Vital statistics of India. Vol. VI, European troops 1870-79
Year: 1870
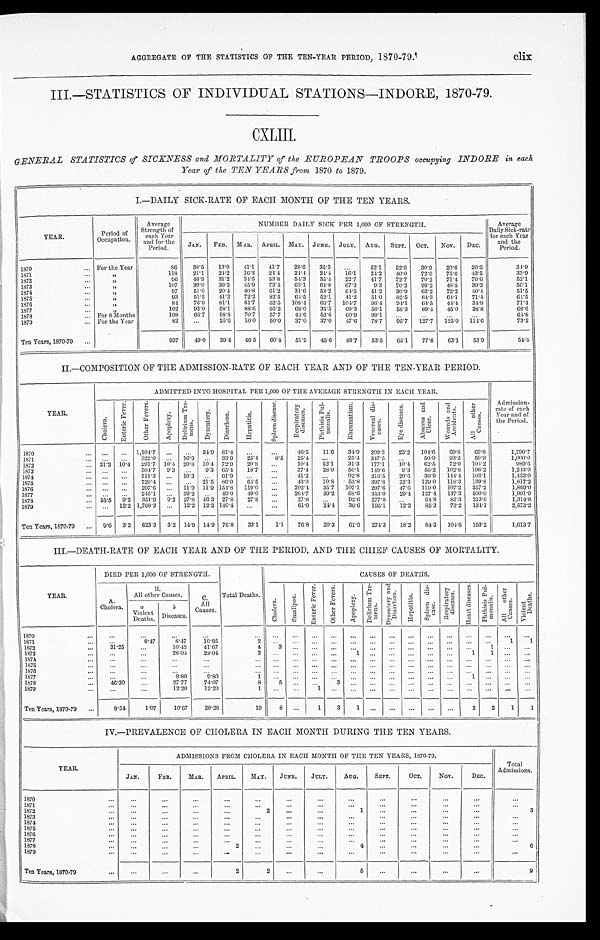
AGGREGATE OF THE STATISTICS OF THE TEN-YEAR PERIOD, 1870-79.
III.—STATISTICS OF INDIVIDUAL STATIONS—INDORE, 1870-79.
CXLIII.
GENERAL STATISTICS of SICKNESS and MORTALITY of the EUROPEAN TROOPS occupying INDORE in each
Year of the TEN YEARS from 1870 to 1879.
I.—DAILY SICK-RATE OF EACH MONTH OF THE TEN YEARS.
YEAR
Period of
Occupation.
Average
Strength of
each Year
and for the
Period.
NUMBER DAILY SICK PER 1, 000 OF STRENGTH.
Average
Daily Sick-rate
for each Year
and the
Period.
JAN. FEB. MAR. APRIL. MAY. JUNE. JULY. AUG. SEPT. OCT. NOV. DEC.
1870
For the Year
86 38.5 13.0 41.1 41.7 28.6 35.3
52.1 52.6 30.9 20.6 20.6
3 4 . 9
1871
„
1 1 8 21.1 24.2 16.3 24.4 24.4 24.4 16.1 24.2 40.0 72.6 75.6 43.5
3 3 . 9
1872
„
96 46.9 31.2 34.5 53.8 54.3 35.4 22.7 41.7 72.7 70.2 71.4 79.6
52.1
1873
„
107 30.0 39.2 45.9 73.4 63.1 64.8 67.3 9.3 70.2 93.2 48.5 39.2
5 6 . 1
1874
„
97 51.0 20.4 40.8 61.2 31.6 53.2 64.5 41.2 30.9 63.2 72.2 40.4
51.5
1 8 7 5
„
9 3 51.5 41.2 72.2 82.5 64.5 52.1 41.2 51.0 82.5 84.3 64.1 71.4
6 4 . 5
1876
„
84 76.9 81.1 61.7 62.5 108.4 66.7 10.47 96.4 94.1 64.5 44.4 34.9
71.4
1877
„
102 92.0 58.1 88.6 95.2 68.0 35.5 69.3 56.1 58.3 89.4 45.0 38.8
6 8 . 6
1878
For 8 Months
108 66.7 58.8 70.7 57.7 44.6 52.6 60.9 99.1
6 4 . 8
1879
For the Year
82
25.6 10.0 50.0 37.0 37.0 47.6 78.7 95.7 127.7 125.0 114.6
73.2
Ten Years, 1870-79
937 49.0 39.4 46.5 60.4 51.9 45.6 48.7 53.5 65.1 77.6 63.1 53.9
5 4 . 4
II.—COMPOSITION OF THE ADMISSION-RATE OF EACH YEAR AND OF THE TEN-YEAR PERIOD.
YEAR.
ADMITTED INTO HOSPITAL PER 1,000 OF THE AVERAGE STRENGTH IN EACH YEAR.
Admission-
rate of each
Year and of
the Period.
C h o l e r a .
E n t e r i c F e v e r .
O t h e r F e v e r s . A p o p l e x y .
D e l i r i u m T r e -
m e n s .
D y s e n t e r y .
D i a r r h œ a .
H e p a t i t i s .
S p l e e n d i s e a s e . R e s p i r a t o r y
d i s e a s e s .
P h t h i s i s P u l -
m o n a l i s .
R h e u m a t i s m . V e n e r e a l d i s -
e a s e s .
E y e d i s e a s e s . A b c e s s a n d
U l c e r .
W o u n d s a n d
A c c i d e n t s . A l l o t h e r
C a u s e s .
1870
1,1047
34.9 81.4
46.5 11.6 34.9 209.3 23.2 104.6 69.8 69.8
1 , 7 9 0 . 7
1871
322.0
16.9
33.9
2 5 . 4 8 . 5 25.4
25.4 347.5
50.9 93.2 50. 9
1 , 0 0 0 . 0
1872
31.3 10.4 291.7 10.4 20.8 10.4 72.9 20.8
10.4 52.1 31.3 177.1 10.4 62.5 72.9 104.2
9 8 9 . 6
1873
504.7 9.3
9.3 65.4 18.7
37.4 28.0 56.1 149.6 9.3 56.2 102.8 196.2
1 , 2 4 3 . 0
1874
711.3
10.3
61.9
41.2
92.8 216.5 20.6 30.9 144.4 103.1
1 , 4 3 3 . 0
1875
720.4
21.5 86.0 64.5
43.0
1 0 . 8 53.8 397.8 32.3 129.0 118.3 139.8
1 , 8 1 7 . 2
1876
297.6
11.9 11.9 154.8 119.0
202.4 35.7 107.1 297.6 47.6 119.0 107.2 357.2
1 , 8 6 9 . 0
1877
245.1
39.2
49.0 49.0
264.7 39.2 68.6 353.0 29.4 127.4 137.3 500.0
1 , 9 0 1 . 9
1878
55.5 9. 2 351.9 9.2 27.8 46.3 27.8 27.8
27.8
92.6 277.8
64.8 83.3 213.0
1 , 3 1 4 . 8
1879
12.2 1,768.3
12.2 12.2 146.4
61.0 24.4 36.6 195.1 12.2 85.3 73.2 134.1
2 , 5 7 3 . 2
Ten Years, 1870-79
9.6 3.2 623.3 3.2 14.9 14.9 76.8 33.1 1.1 76.8 20.3 61.9 274.3 18.2 84.3 104.6 193.2
1 , 6 1 3 . 7
III.—DEATH-RATE OF EACH YEAR AND OF THE PERIOD, AND THE CHIEF CAUSES OF MORTALITY.
YEAR.
DIED PER 1,000 OF STRENGTH.
Total Deaths.
CAUSES OF DEATHS.
A.
Cholera.
B .
All other Causes.
C.
All
Causes.
C h o l e r a .
S m a l l p o x .
E n t e r i c F e v e r . O t h e r F e v e r s .
A p o p l e x y .
D e l i r i u m T r e -
me ns .
D y s e n t e r y a n d
Di a r r h œa .
H e p a t i t i s .
S p l e e n d i s -
ease. R e s p i r a t o r y
d i s e a s e s .
H e a r t d i s e a s e s . P h t h i s i s P u l -
mo n a l i s .
A l l o t h e r
C a u s e s . V i o l e n t
D e a t h s .
a
Violent Deaths.
b
Diseases.
1870 1871
8.47 8.47 16.95
2
1 1
1872
31.25
10.42 41.67
4 3
1
1873
28.04 28.04
3
1
1 1
1874 1875 1876 1877
9.8 0 9.80
1
1
1878
46.30
27.77 74.07
8
5
3
1879
12.20 12.20
1
1
Ten Years, 1870-79
8.54 1.07 10.67 20.28
19 8
1 3 1
2 2 1 1
IV.—PREVALENCE OF CHOLERA IN EACH MONTH DURING THE TEN YEARS.
YEAR.
ADMISSIONS FROM CHOLERA IN EACH MONTH OF THE TEN YEARS, 1870-79.
Total
Admissions.
JAN.
FEB. MAR. APRIL. MAY. JUNE. JULY. AUG.
SEPT.
OCT. NOV. DEC.
1870 1871
1872
2
1
3
1873 1874 1875
1876 1877 1878
2
4
6
1879
Ten Years, 1870-79
2
2
5
9